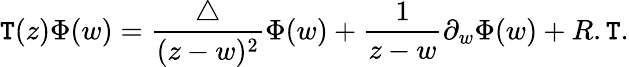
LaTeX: \mathtt{T}(z)\Phi(w)=\frac{{\bigtriangleup}}{{(z-w)^{2}}}\Phi(w)+\frac{{1}}{{z-w}}\partial_{w}{\Phi(w)}+R.\mathtt{T}.